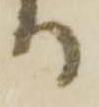
る